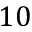
1 0